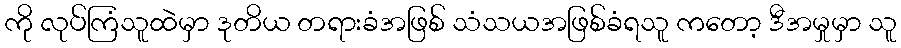
ကို လုပ်ကြံသူထဲမှာ ဒုတိယ တရားခံအဖြစ် သံသယအဖြစ်ခံရသူ ကတော့ ဒီအမှုမှာ သူ